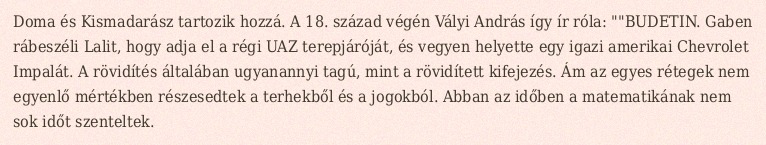
Doma és Kismadarász tartozik hozzá. A 18. század végén Vályi András így ír róla: ""BUDETIN. Gaben rábeszéli Lalit, hogy adja el a régi UAZ terepjáróját, és vegyen helyette egy igazi amerikai Chevrolet Impalát. A rövidítés általában ugyanannyi tagú, mint a rövidített kifejezés. Ám az egyes rétegek nem egyenlő mértékben részesedtek a terhekből és a jogokból. Abban az időben a matematikának nem sok időt szenteltek.